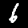
Label: 6